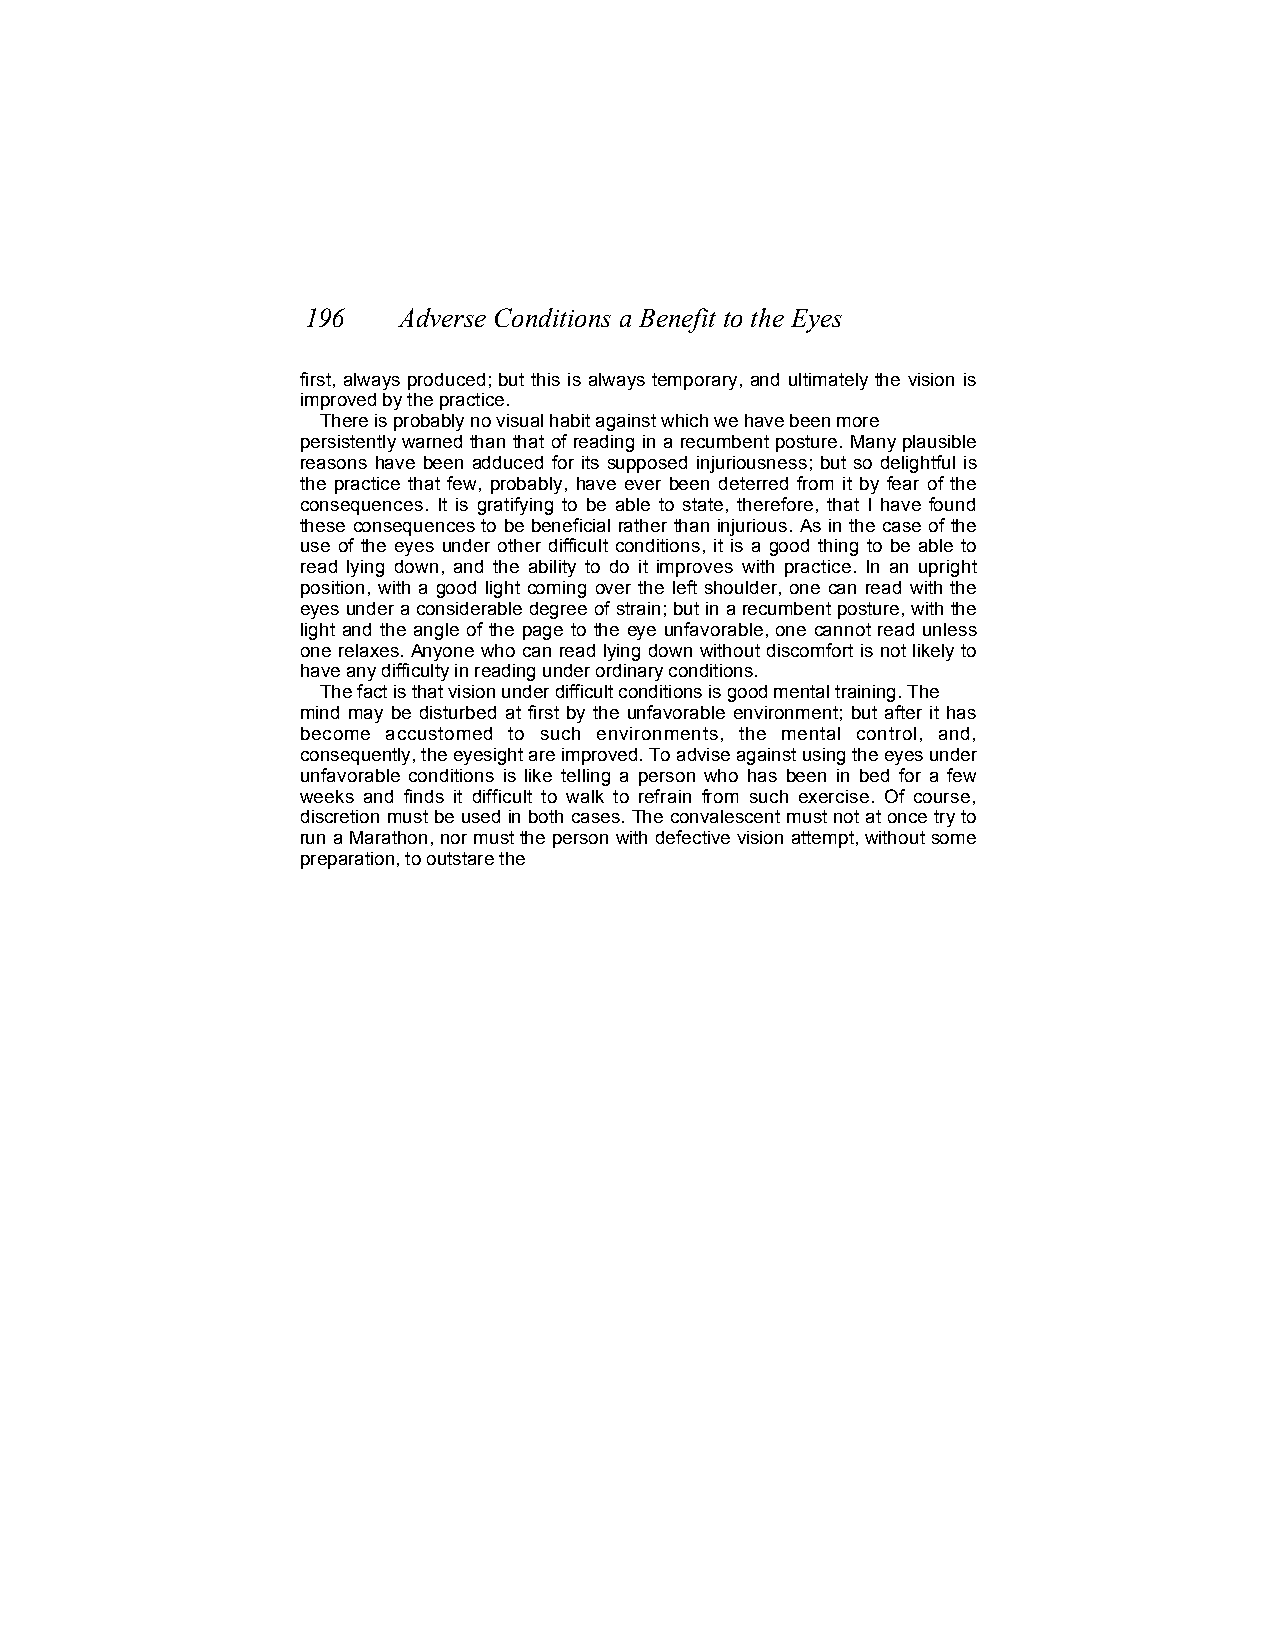
196   Adverse Conditions a Benefit to the Eyes
 first, always produced; but this is always temporary, and ultimately the vision is
 improved by the practice.
 There is probably no visual habit against which we have been more
 persistently warned than that of reading in a recumbent posture. Many plausible
 reasons have been adduced for its supposed injuriousness; but so delightful is
 the practice that few, probably, have ever been deterred from it by fear of the
 consequences. It is gratifying to be able to state, therefore, that I have found
 these consequences to be beneficial rather than injurious. As in the case of the
 use of the eyes under other difficult conditions, it is a good thing to be able to
 read lying down, and the ability to do it improves with practice. In an upright
 position, with a good light coming over the left shoulder, one can read with the
 eyes under a considerable degree of strain; but in a recumbent posture, with the
 light and the angle of the page to the eye unfavorable, one cannot read unless
 one relaxes. Anyone who can read lying down without discomfort is not likely to
 have any difficulty in reading under ordinary conditions.
 The fact is that vision under difficult conditions is good mental training. The
 mind may be disturbed at first by the unfavorable environment; but after it has
 become accustomed to such environments, the mental control, and,
 consequently, the eyesight are improved. To advise against using the eyes under
 unfavorable conditions is like telling a person who has been in bed for a few
 weeks and finds it difficult to walk to refrain from such exercise. Of course,
 discretion must be used in both cases. The convalescent must not at once try to
 run a Marathon, nor must the person with defective vision attempt, without some
 preparation, to outstare the